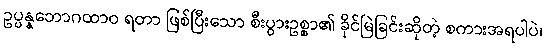
ဥပ္ပန္နဘောဂထာဝ ရတာ ဖြစ်ပြီးသော စီးပွားဥစ္စာ၏ ခိုင်မြဲခြင်းဆိုတဲ့ စကားအရပါပဲ၊